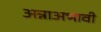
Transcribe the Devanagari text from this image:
अन्नाअभावी